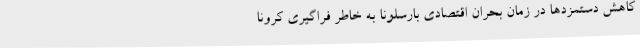
کاهش دستمزدها در زمان بحران اقتصادی بارسلونا به خاطر فراگیری کرونا